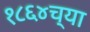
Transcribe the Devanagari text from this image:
१८६४च्या